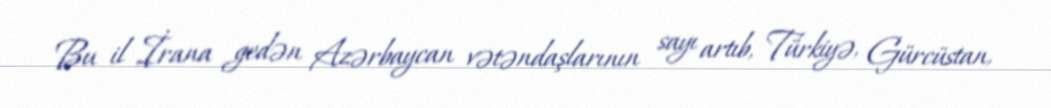
Bu il İrana gedən Azərbaycan vətəndaşlarının sayı artıb, Türkiyə, Gürcüstan,